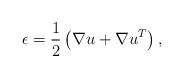
LaTeX: \begin{align*} \epsilon=\frac 12\left(\nabla u+\nabla u^T\right), \end{align*}